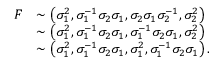
\begin{array} { r l } { { \cal F } } & { \sim \left( \sigma _ { 1 } ^ { 2 } , \sigma _ { 1 } ^ { - 1 } \sigma _ { 2 } \sigma _ { 1 } , \sigma _ { 2 } \sigma _ { 1 } \sigma _ { 2 } ^ { - 1 } , \sigma _ { 2 } ^ { 2 } \right) } \\ & { \sim \left( \sigma _ { 1 } ^ { 2 } , \sigma _ { 1 } ^ { - 1 } \sigma _ { 2 } \sigma _ { 1 } , \sigma _ { 1 } ^ { - 1 } \sigma _ { 2 } \sigma _ { 1 } , \sigma _ { 2 } ^ { 2 } \right) } \\ & { \sim \left( \sigma _ { 1 } ^ { 2 } , \sigma _ { 1 } ^ { - 1 } \sigma _ { 2 } \sigma _ { 1 } , \sigma _ { 1 } ^ { 2 } , \sigma _ { 1 } ^ { - 1 } \sigma _ { 2 } \sigma _ { 1 } \right) . } \end{array}